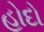
હોદો